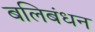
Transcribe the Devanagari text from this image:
बलिबंधन